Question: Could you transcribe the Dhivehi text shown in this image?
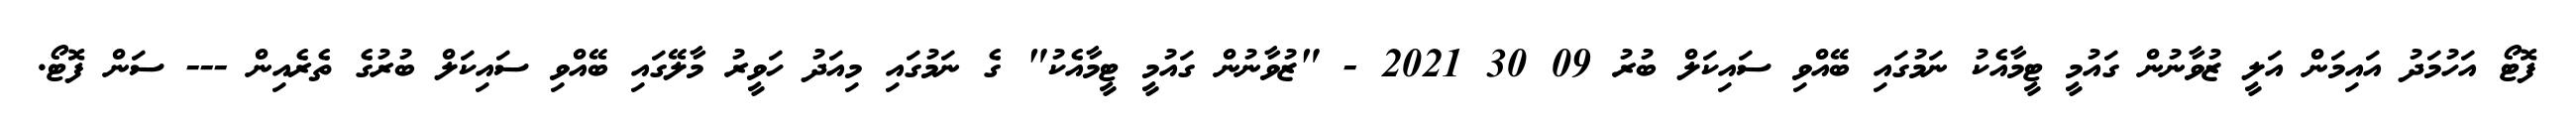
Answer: ފޮޓޯ އަހުމަދު އައިމަން އަލީ ޒުވާނުން ގައުމީ ޓީމާއެކު ނަމުގައި ބޭއްވި ސައިކަލް ބުރު 09 30 2021 - "ޒުވާނުން ގައުމީ ޓީމާއެކު" ގެ ނަމުގައި މިއަދު ހަވީރު މާލޭގައި ބޭއްވި ސައިކަލް ބުރުގެ ތެރެއިން --- ސަން ފޮޓޯ.